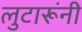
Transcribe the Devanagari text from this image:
लुटारूंनी